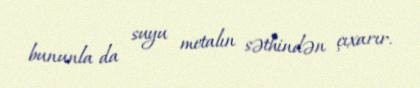
bununla da suyu metalın səthindən çıxarır.